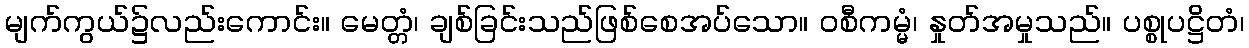
မျက်ကွယ်၌လည်းကောင်း။ မေတ္တံ၊ ချစ်ခြင်းသည်ဖြစ်စေအပ်သော။ ဝစီကမ္မံ၊ နှုတ်အမှုသည်။ ပစ္စုပဋ္ဌိတံ၊